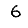
Digit: 6